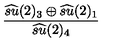
\frac { \widehat { s u } ( 2 ) _ { 3 } \oplus \widehat { s u } ( 2 ) _ { 1 } } { \widehat { s u } ( 2 ) _ { 4 } }